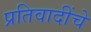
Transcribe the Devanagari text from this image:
प्रतिवादींचे